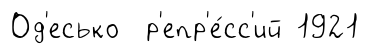
Од'есько р'епр'е́сс'ий 1921